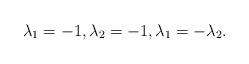
LaTeX: \begin{align*}\lambda_1 = -1, \lambda_2 = -1, \lambda_1 = -\lambda_2.\end{align*}